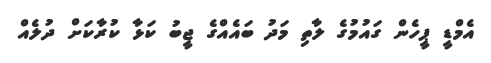
އެމްޑީ ޕީހެން ގައުމުގެ ލާތި މަދު ބައެއްގެ ޖީބު ކަޅާ ކުރާކަށް ދުލެއް